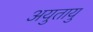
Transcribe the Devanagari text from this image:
अयुतायु